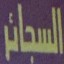
السجائر